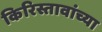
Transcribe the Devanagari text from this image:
किरिस्तावांच्या